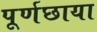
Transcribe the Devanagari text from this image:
पूर्णछाया